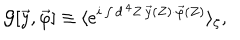
{ \cal G } [ \vec { y } , \vec { \varphi } ] \equiv \langle e ^ { i \int d ^ { \, 4 } Z \, \vec { y } ( Z ) \cdot \vec { \varphi } ( Z ) } \rangle _ { \zeta } ,